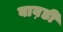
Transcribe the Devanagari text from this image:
बाव़डी